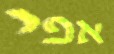
אפי